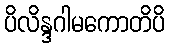
ပိလိန္ဒဂါမကောတိပိ